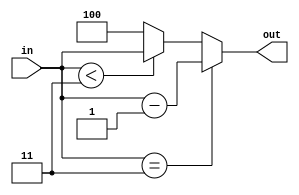
`timescale 1ns / 1ps
//////////////////////////////////////////////////////////////////////////////////
// Company: 
// Engineer: 
// 
// Design Name: 
// Module Name:    ajustarValores 
// Project Name: 
// Target Devices: 
// Tool versions: 
// Description: 
//
// Dependencies: 
//
// Revision: 
// Revision 0.01 - File Created
// Additional Comments: 
//
//////////////////////////////////////////////////////////////////////////////////
module ajustarValores(
	input [2:0]in,
	output [2:0]out
    );

	 
	 assign out = (in == 3)?in-1:(in<3)?in:4;


endmodule